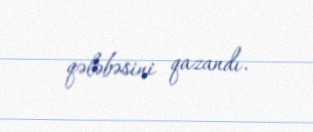
qələbəsini qazandı.